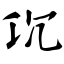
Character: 沉